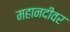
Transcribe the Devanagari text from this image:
महानदीवर